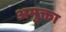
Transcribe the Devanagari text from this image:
अमुक्ता